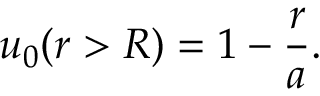
u _ { 0 } ( r > R ) = 1 - \frac { r } { a } .